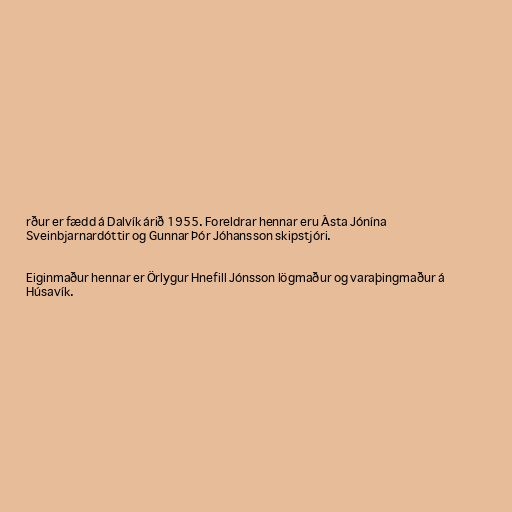
rður er fædd á Dalvík árið 1955. Foreldrar hennar eru Ásta Jónína
Sveinbjarnardóttir og Gunnar Þór Jóhansson skipstjóri.

Eiginmaður hennar er Örlygur Hnefill Jónsson lögmaður og varaþingmaður á
Húsavík.